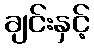
ချင်းနှင့်